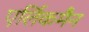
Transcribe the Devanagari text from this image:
एर्लिकमैन